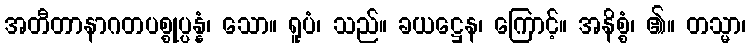
အတီတာနာဂတပစ္စုပ္ပန္နံ၊ သော။ ရူပံ၊ သည်။ ခယဋ္ဌေန၊ ကြောင့်။ အနိစ္စံ၊ ၏။ တသ္မာ၊